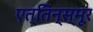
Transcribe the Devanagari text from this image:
एत्तिन्स्मूर